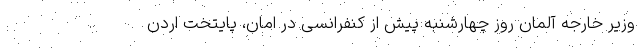
وزیر خارجه آلمان روز چهارشنبه پیش از کنفرانسی در امان، پایتخت اردن